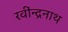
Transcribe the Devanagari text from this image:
रवींन्द्रनाथ